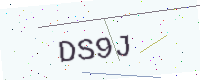
Text: DS9J